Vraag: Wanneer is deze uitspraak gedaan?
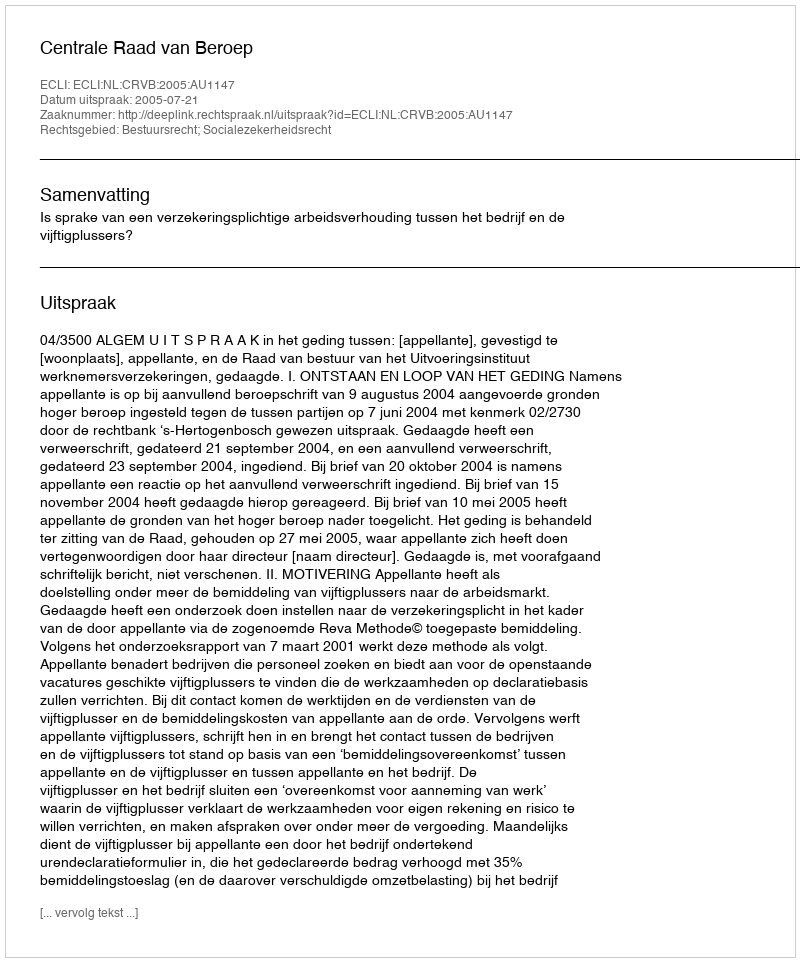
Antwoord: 2005-07-21